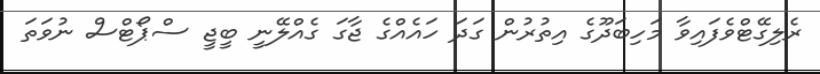
ރެލިގޭޓްވެފައިވާ މަހިބަދޫގެ އިތުރުން ގަދަ ހައެއްގެ ޖާގަ ގެއްލޭނީ ބީޖީ ސްޕޯޓްސް ނުވަތަ